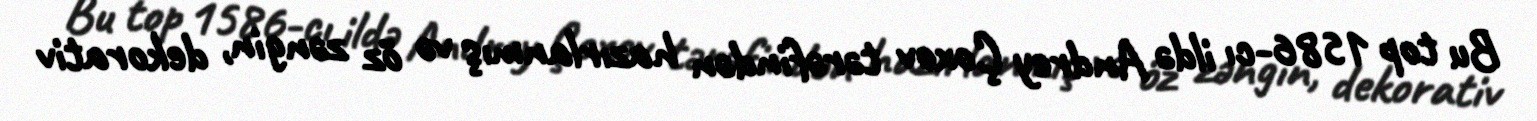
Bu top 1586-cı ildə Andrey Çoxov tərəfindən hazırlanmış və öz zəngin, dekorativ